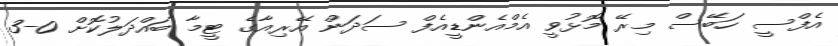
އެފްސީ ހަބޭސް މިރޭ މޮޅުވީ އެމްއެންޑީއެފް ސަދަން އޭރިއާގެ ޓީމާ ބައްދަލުކޮށް 0-3